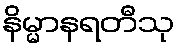
နိမ္မာနရတီသု